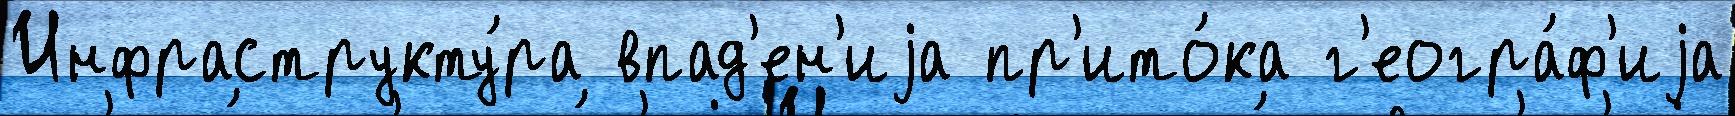
Инфраструкту́ра впад'ен'иjа пр'ито́ка г'еогра́ф'иjа